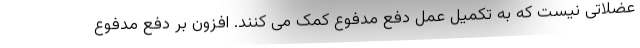
عضلاتی نیست که به تکمیل عمل دفع مدفوع کمک می کنند. افزون بر دفع مدفوع